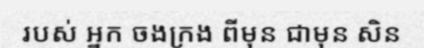
របស់ អ្នក ចងក្រង ពីមុន ជាមុន សិន